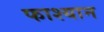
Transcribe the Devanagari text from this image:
फाश्यान